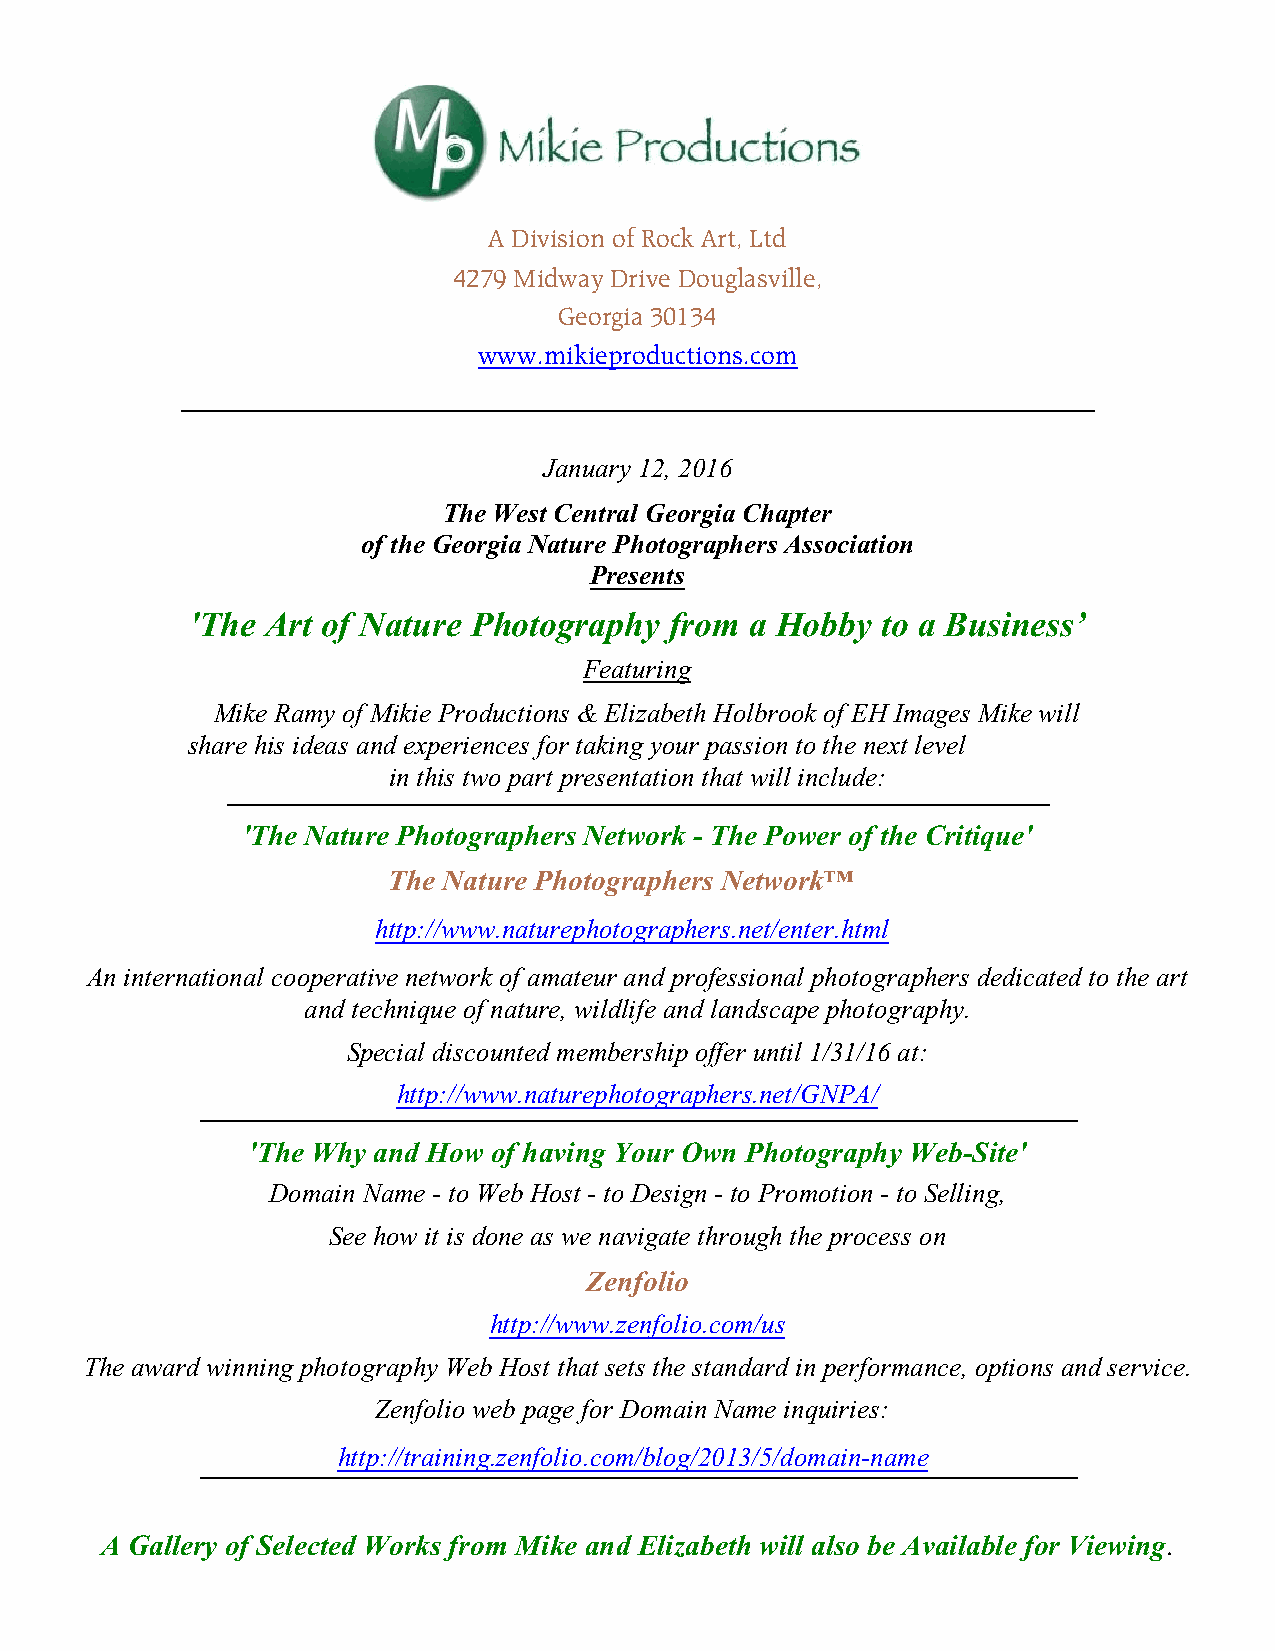
A Division of Rock Art, Ltd
 4279 Midway Drive Douglasville,
 Georgia 30134
 www.mikieproductions.com
 January 12, 2016
 The West Central Georgia Chapter
 of the Georgia Nature Photographers Association
 Presents
 'The  Art of Nature Photography from  a Hobby to a Business’
 Featuring
 Mike Ramy of Mikie Productions & Elizabeth Holbrook of EH Images Mike will
 share his ideas and experiences for taking your passion to the next level
 in this two part presentation that will include:
 'The Nature Photographers Network - The Power of the Critique'
 The Nature Photographers Network™
 http://www.naturephotographers.net/enter.html
 An international cooperative network of amateur and professional photographers dedicated to the art
 and technique of nature, wildlife and landscape photography.
 Special discounted membership offer until 1/31/16 at:
 http://www.naturephotographers.net/GNPA/
 'The Why and How of having Your Own Photography Web-Site'
 Domain Name - to Web Host - to Design - to Promotion - to Selling,
 See how it is done as we navigate through the process on
 Zenfolio
 http://www.zenfolio.com/us
 The award winning photography Web Host that sets the standard in performance, options and service.
 Zenfolio web page for Domain Name inquiries:
 http://training.zenfolio.com/blog/2013/5/domain-name
 A Gallery of Selected Works from Mike and Elizabeth will also be Available for Viewing.